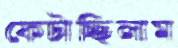
ফেটাচ্ছিলাম